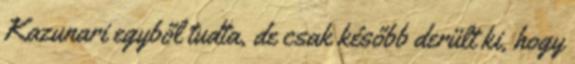
Kazunari egyből tudta, de csak később derült ki, hogy